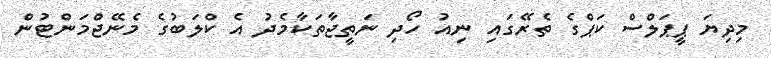
މިދިޔަ ޕީޕަލްސް ކަޕްގެ ތެރޭގައި ނިއު ހޯދި ނަތީޖާތަކާމެދު އެ ކްލަބުގެ މެނޭޖްމަންޓުން